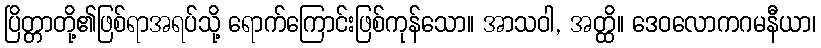
ပြိတ္တာတို့၏ဖြစ်ရာအရပ်သို့ ရောက်ကြောင်းဖြစ်ကုန်သော။ အာသဝါ, အတ္ထိ။ ဒေဝလောကဂမနီယာ၊